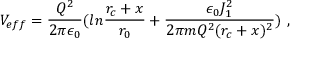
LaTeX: V _ { e f f } = { \frac { Q ^ { 2 } } { 2 \pi \epsilon _ { 0 } } } ( l n { \frac { r _ { c } + x } { r _ { 0 } } } + { \frac { \epsilon _ { 0 } J _ { 1 } ^ { 2 } } { 2 \pi m Q ^ { 2 } ( r _ { c } + x ) ^ { 2 } } } ) ~ ,